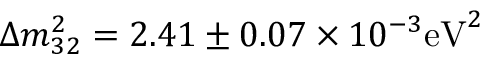
\Delta m _ { 3 2 } ^ { 2 } = 2 . 4 1 \pm 0 . 0 7 \times 1 0 ^ { - 3 } \mathrm { e V } ^ { 2 }